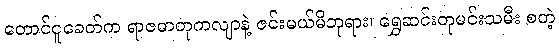
တောင်ငူခေတ်က ရာဇဓာတုကလျာနဲ့ ဇင်းမယ်မိဘုရား၊ ရွှေဆင်းတုမင်းသမီး စတဲ့